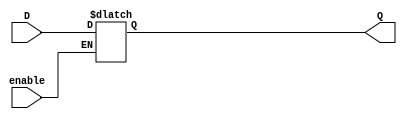
module latch (
input D,
input enable,
output Q
);
always@(enanle or D ) begin
	if (enable == 1'b1) 
	Q <= D;
	else 
	Q <= Q;
end
endmodule